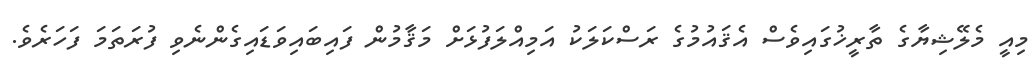
މިއީ މެލޭޝިޔާގެ ތާރީޚުގައިވެސް އެޤައުމުގެ ރަސްކަލަކު އަމިއްލަފުޅަށް މަޤާމުން ފައިބައިވަޑައިގެންނެވި ފުރަތަމަ ފަހަރެވެ.